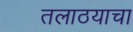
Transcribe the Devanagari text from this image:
तलाठयाचा